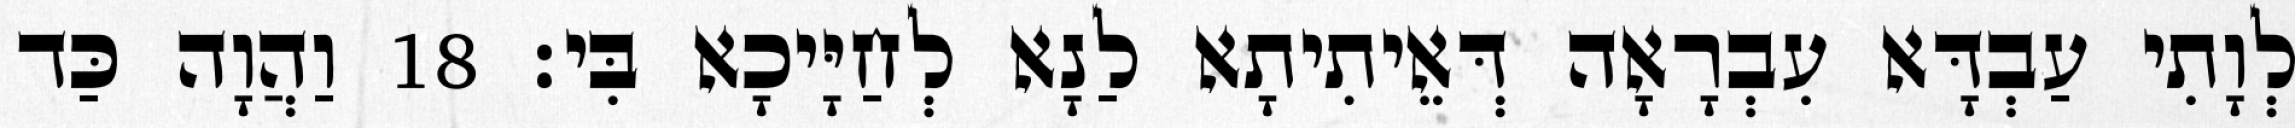
לְוָתִי עַבְדָּא עִבְרָאָה דְּאֵיתִיתָא לַנָא לְחַיָּיכָא בִּי׃ 18 וַהֲוָה כַּד